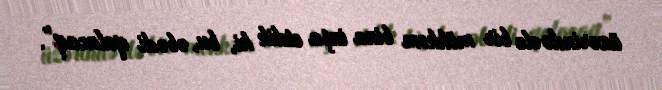
üzərində elə bir möhkəm bina inşa etdik ki, bu, əbədi qalacaq”.